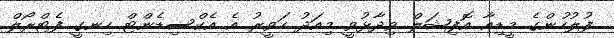
ފުލުހުންގެ މީޑިއާ އޮފިޝަލް ވިދާޅުވީ މިއަދު ހަވީރު އެ އެކްސިޑެންޓް ހިނގީ ފެޓްރޯލް